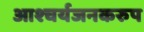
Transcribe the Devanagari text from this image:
आश्चर्यजनकरुप